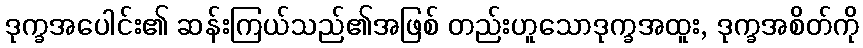
ဒုက္ခအပေါင်း၏ ဆန်းကြယ်သည်၏အဖြစ် တည်းဟူသောဒုက္ခအထူး, ဒုက္ခအစိတ်ကို